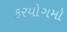
કરયોગમો